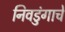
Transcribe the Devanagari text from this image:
निवडुंगाचे